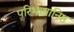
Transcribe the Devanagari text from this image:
परिभाषानिष्ठ